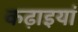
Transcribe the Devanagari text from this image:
कढ़ाइयां